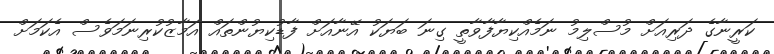
ކަރީނާގެ ދަރިއަށް މުސްލިމު ނަމެއްކިޔާފާވާތީ ގިނަ ބަޔަކު އޭނާއަށް ފާޑުކިޔުންތައް އަމާޒުކުރިނަމަވެސް އެކަމަށް